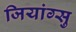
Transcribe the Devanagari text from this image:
जियांग्सु